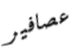
عصافير